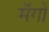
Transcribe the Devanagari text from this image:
मॆंगो